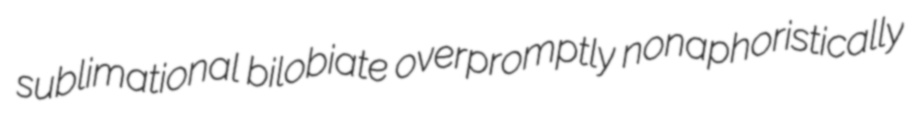
sublimational bilobiate overpromptly nonaphoristically